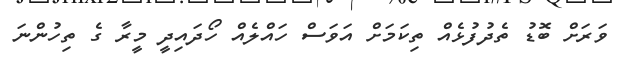
ވަރަށް ބޮޑު ތެދުފުޅެއް ތިކަމަށް އަވަސް ހައްލެއް ހޯދައިދީ މީރާ ގެ ތިހުންނަ